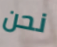
نحن